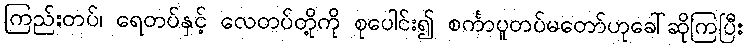
ကြည်းတပ်၊ ရေတပ်နှင့် လေတပ်တို့ကို စုပေါင်း၍ စင်္ကာပူတပ်မတော်ဟုခေါ်ဆိုကြပြီး